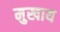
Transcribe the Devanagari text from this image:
मुखाय